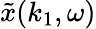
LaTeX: \tilde{x}(k_{1},\omega)